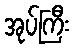
အုပ်ကြီး